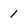
Character: 1